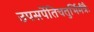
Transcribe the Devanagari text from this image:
उपसर्पेतिचतुर्भिर्मंत्रैः